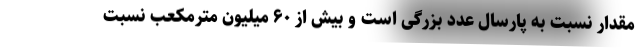
مقدار نسبت به پارسال عدد بزرگی است و بیش از ۶٠ میلیون مترمکعب نسبت